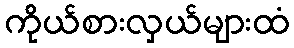
ကိုယ်စားလှယ်များထံ